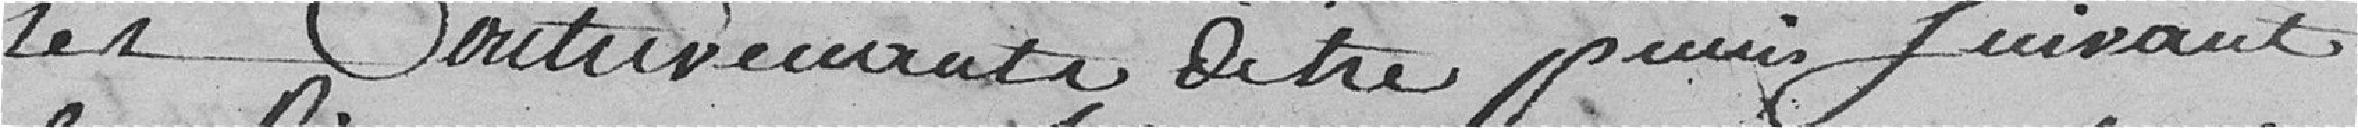
les contrevenants d'être punis suivant